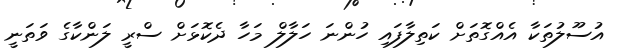
އުސޫލުތަކާ އެއްގޮތަށް ކަތިލާފައި ހުންނަ ހަލާލް މަހާ ދެކޮޅަށް ސްރީ ލަންކާގެ ވަތަނީ